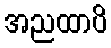
အညထာပိ